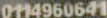
0114960641